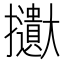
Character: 𱡒